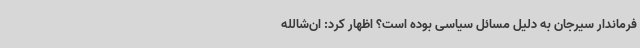
فرماندار سیرجان به دلیل مسائل سیاسی بوده است؟ اظهار کرد: ان‌شالله